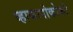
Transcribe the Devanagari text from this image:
व्हाकापोकोको